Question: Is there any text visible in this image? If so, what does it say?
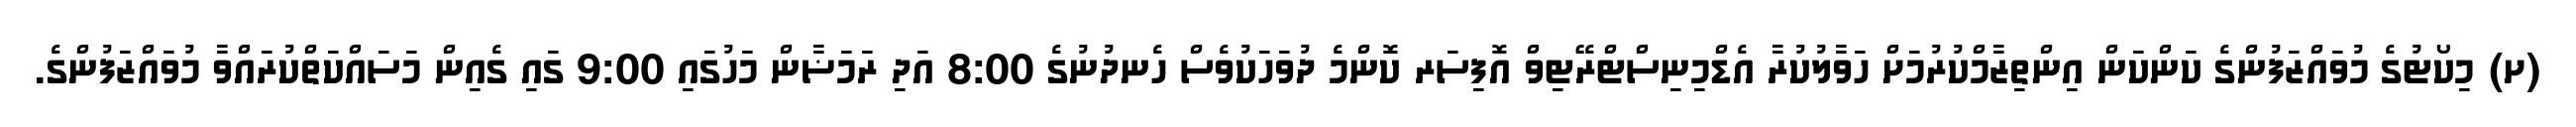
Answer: (ށ) މިކޯޓުގެ މުވައްޒަފުންގެ ކަންކަން އިންތިޒާމްކުރުމަށް ހަވާލުކުރާ އެޑްމިނިސްޓްރޭޓިވް އޮފިސަރ ކޮންމެ ދުވަހަކުވެސް ހެނދުނުގެ 8:00 އަދި ރަމަޟާން މަހުގައި 9:00 ގައި ގެއިން މަސައްކަތްކުރައްވާ މުވައްޒަފުންގެ.